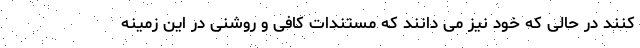
کنند در حالی که خود نیز می دانند که مستندات کافی و روشنی در این زمینه